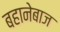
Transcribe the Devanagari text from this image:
बहानेबाज